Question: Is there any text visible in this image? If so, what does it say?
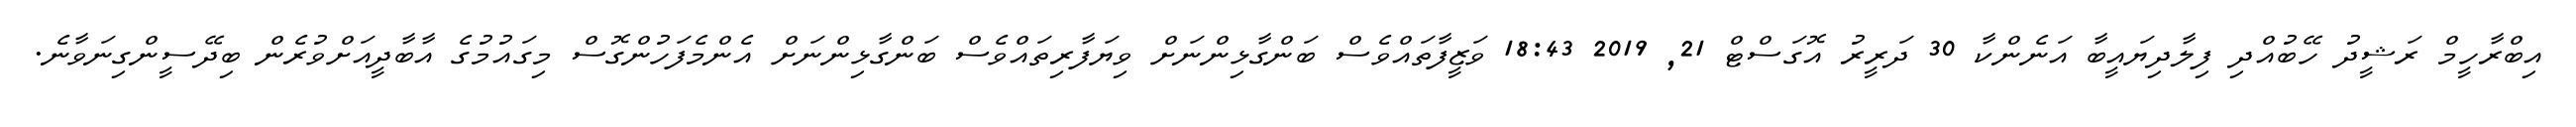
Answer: އިބްރާހީމް ރަޝީދު ހޭބުއްދި ފިލާދިޔައީބާ އަނެންކާ 30 ދަރީރު އޮގަސްޓް 21, 2019 18:43 ވަޒީފާތައްވެސް ބަންގާޅިންނަށް ވިޔަފާރިތައްވެސް ބަންގާޅިންނަށް އެންމެފަހުންގޮސް މިގައުމުގެ އާބާދީއަށްވުރެން ބިދޭސީންގިނަވާނެ.